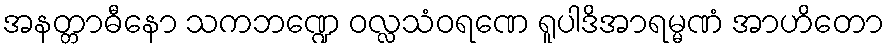
အနတ္တာဓီနော သကဘဏ္ဍေ ဝလ္လသံဝရဏေ ရူပါဒိအာရမ္မဏံ အာဟိတော